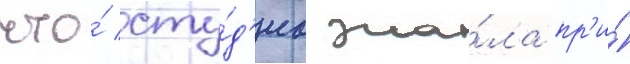
что́ сту́д'иа зна́ла пр'и́